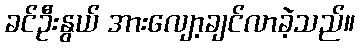
ခင်ဦးနွယ် အားလျော့ချင်လာခဲ့သည်။